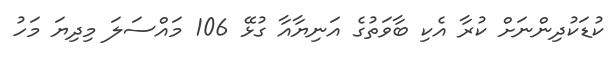
ކުޑަކުދިންނަށް ކުރާ އެކި ބާވަތުގެ އަނިޔާއާ ގުޅޭ 106 މައްސަލަ މިދިޔަ މަހު